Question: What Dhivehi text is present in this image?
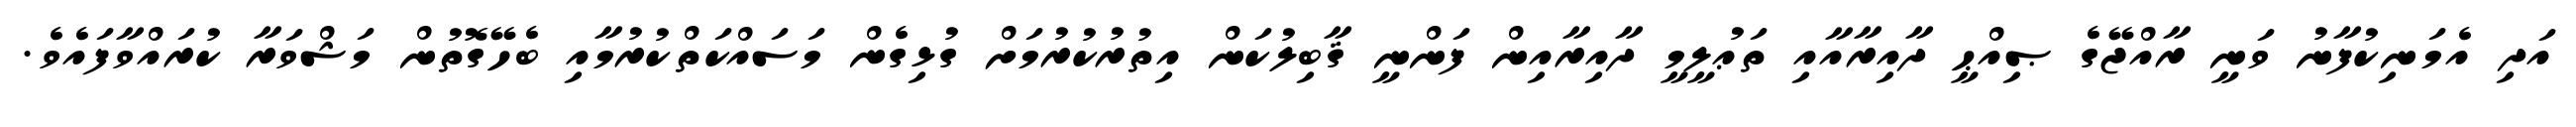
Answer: އަދި އެމަނިކުފާނު ވަނީ ރާއްޖޭގެ ޞިއްޙީ ދާއިރާއާއި ތަޢުލީމީ ދާއިރާއިން ފަންނީ ޤާބިލުކަން އިތުރުކުރުމަށް ގުޅިގެން މަސައްކަތްކުރުމާއި ބެހޭގޮތުން މަޝްވަރާ ކުރައްވާފައެވެ.